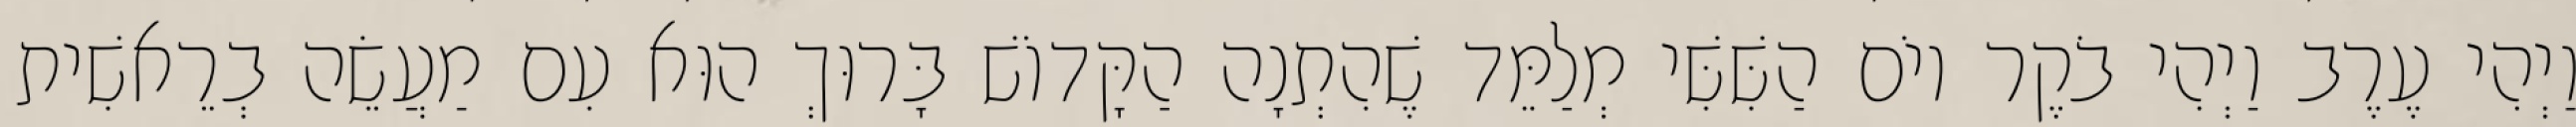
וַיְהִי עֶרֶב וַיְהִי בֹקֶר יוֹם הַשִּׁשִּׁי מְלַמֵּד שֶׁהִתְנָה הַקָּדוֹשׁ בָּרוּךְ הוּא עִם מַעֲשֵׂה בְרֵאשִׁית